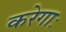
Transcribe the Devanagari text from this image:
करेगाः